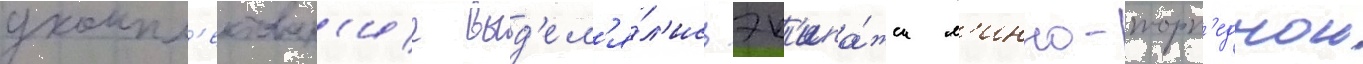
укомпл'ектован'ие выд'ел'я́л'ись эк'ипа́жи м'инно-торп'еднои